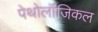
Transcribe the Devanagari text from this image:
पेथोलॉजिकल